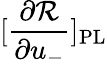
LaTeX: [\frac{\partial\mathcal{R}}{\partial u_{-}}]_{\mathrm{PL}}